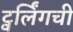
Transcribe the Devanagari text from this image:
ट्वर्लिंगची